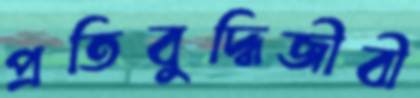
প্রতিবুদ্ধিজীবী